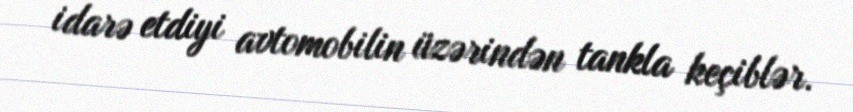
idarə etdiyi avtomobilin üzərindən tankla keçiblər.